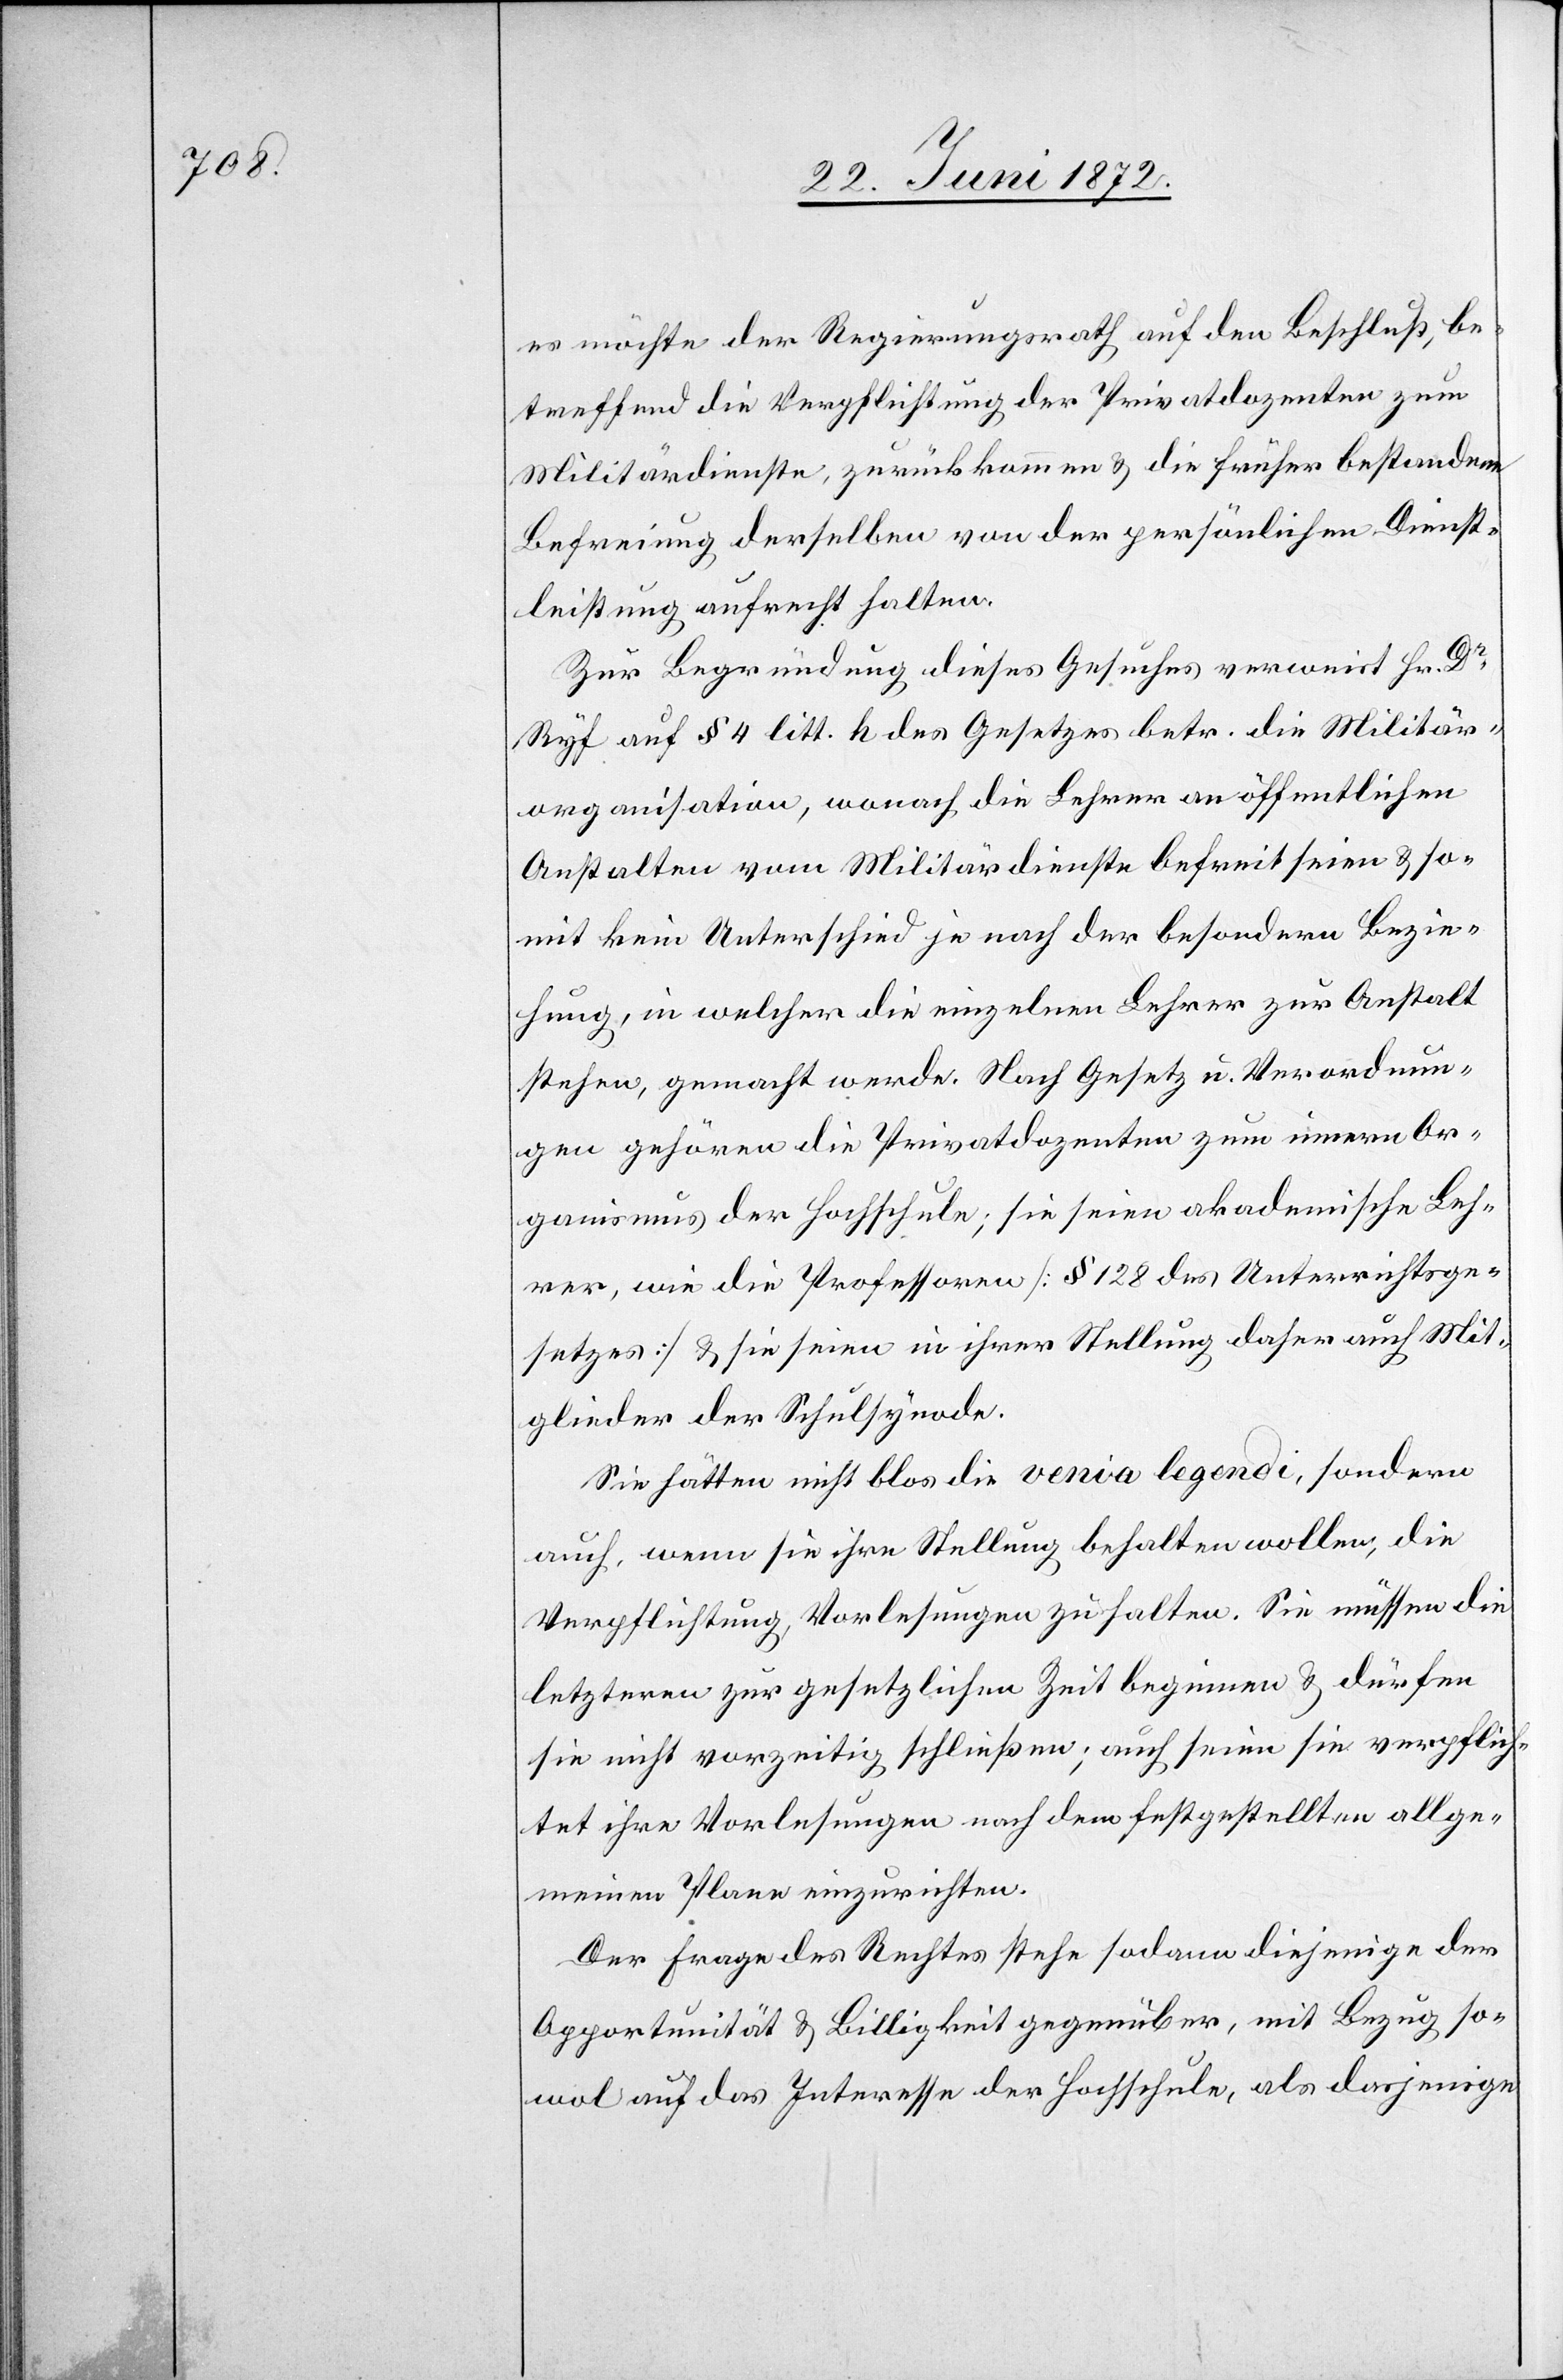
es möchte der Regierungsrath auf den Beschluß, be¬
treffend die Verpflichtung der Privatdozenten zum
Militärdienste, zurückkommen u. die früher bestandene
Befreiung derselben von der persönlichen Dienst¬
leistung aufrecht halten.
Zur Begründung dieses Gesuches verweist Hr. Dr
Ryf auf § 4 litt. h des Gesetzes betr. die Militär¬
organisation, wonach die Lehrer an öffentlichen
Anstalten vom Militärdienste befreit seien u. so¬
mit kein Unterschied je nach der besondern Bezie¬
hung, in welcher die einzelnen Lehrer zur Anstalt
stehen, gemacht werde. Nach Gesetz u. Verordnun¬
gen gehören die Privatdozenten zum innern Or¬
ganismus der Hochschule; sie seien akademische Leh¬
rer, wie die Professoren [§ 128 des Unterrichtsge¬
setzes] u. sie seien in ihrer Stellung daher auch Mit¬
glieder der Schulsynode.
Sie hätten nicht blos die venia legendi, sondern
auch, wenn sie ihre Stellung behalten wollen, die
Verpflichtung, Vorlesungen zu halten. Sie müssen die
letzteren zur gesetzlichen Zeit beginnen u. dürfen
sie nicht vorzeitig schließen; auch seien sie verpflich¬
tet ihre Vorlesungen nach dem festgesetzten allge¬
meinen Plane einzurichten.
Der Frage des Rechtes stehe sodann diejenige der
Opportunität u. Billigkeit gegenüber, mit Bezug so¬
wol auf das Interesse der Hochschule, als dasjenige